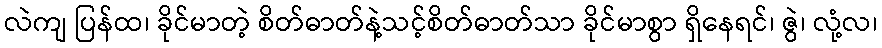
လဲကျ ပြန်ထ၊ ခိုင်မာတဲ့ စိတ်ဓာတ်နဲ့သင့်စိတ်ဓာတ်သာ ခိုင်မာစွာ ရှိနေရင်၊ ဇွဲ၊ လုံ့လ၊